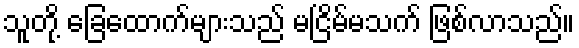
သူတို့ ခြေထောက်များသည် မငြိမ်မသက် ဖြစ်လာသည်။